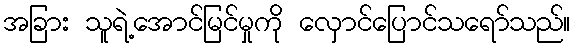
အခြား သူရဲ့အောင်မြင်မှုကို လှောင်ပြောင်သရော်သည်။